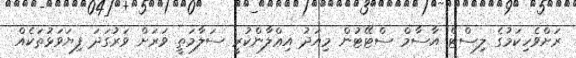
ރަށްވެހިކަމުގެ ލިސްޓް އާސާމް ސްޓޭޓުން މިއަދު އިޢްލާންކުރީ ސަލާމަތީ ވަރަށް ވަރުގަދަ ފިޔަވަޅުތަކެއް